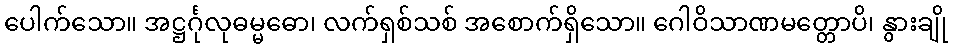
ပေါက်သော။ အဋ္ဌင်္ဂုလုဓမ္မဓော၊ လက်ရှစ်သစ် အစောက်ရှိသော။ ဂေါဝိသာဏမတ္တောပိ၊ နွားချို